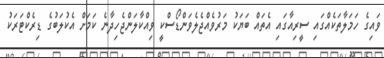
ވައިގެ ހަމަލާތަކެއްގައި ސީރިއާގައި އެތައް ބަޔަކު މަރުވެއްޖެލެވަންޑޯސްކީ ވިއްކާލަންޖެހިދާނެ ކަމަށް އެކުލަބުގެ ޑިރެކްޓަރަކު